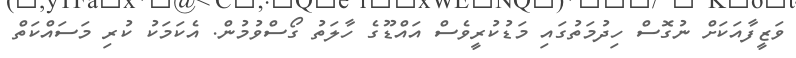
ވަޒީފާއަކަށް ނުގޮސް ހިދުމަތުގައި މަޑުކުރީވެސް އައްޑޫގެ ހާލަތު ގޯސްވުމުން. އެކަމަކު ކުރި މަސައްކަތް